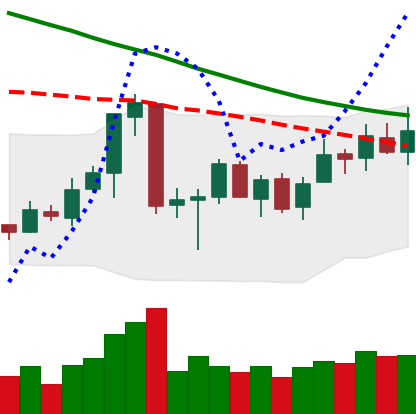
Ticker: ETC-USD
Chart end date: 2018-07-04
Forward return: 9.104%
Label: up_7plus